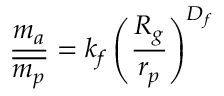
\frac { m _ { a } } { \overline { { m _ { p } } } } = k _ { f } \left( \frac { R _ { g } } { r _ { p } } \right) ^ { D _ { f } }